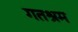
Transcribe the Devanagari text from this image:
गतश्रम